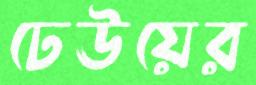
ঢেঊয়ের